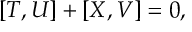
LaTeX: [ { \cal T } , { \cal U } ] + [ { \cal X } , { \cal V } ] = 0 ,